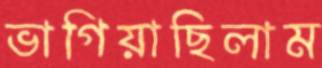
ভাগিয়াছিলাম